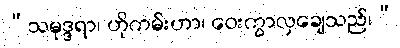
“သမုဒ္ဒရာ၊ ဟိုကမ်းဟာ၊ ဝေးကွာလှချေသည်၊”